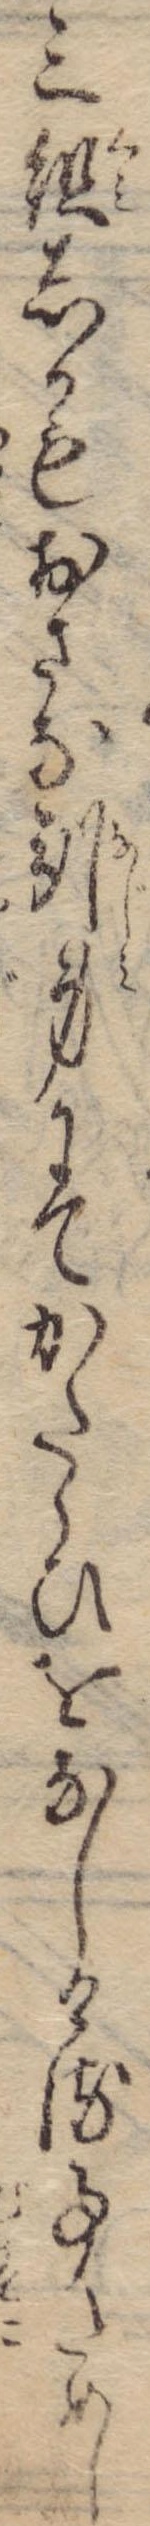
三組しかもおさな馴身にてかたらひをなしける事ためし